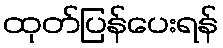
ထုတ်ပြန်ပေးရန်